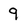
Character: 9